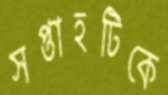
সপ্তাহটিকে